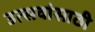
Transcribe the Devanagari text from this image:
उत्सवांसाठी